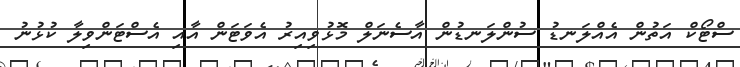
ސްޓޯކް އަތުން އެއްލަނޑު ސުންލަނޑުން އާސެނަލް މޮޅުވިއިރު އެވަޓަން އާއި އެސްޓަންވިލާ ކުޅުނު